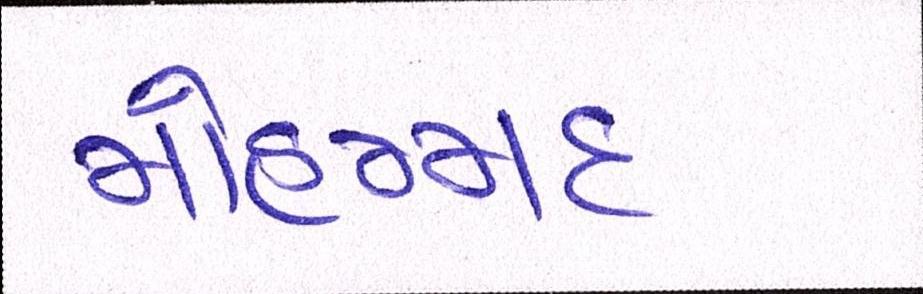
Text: મોહમ્મદ